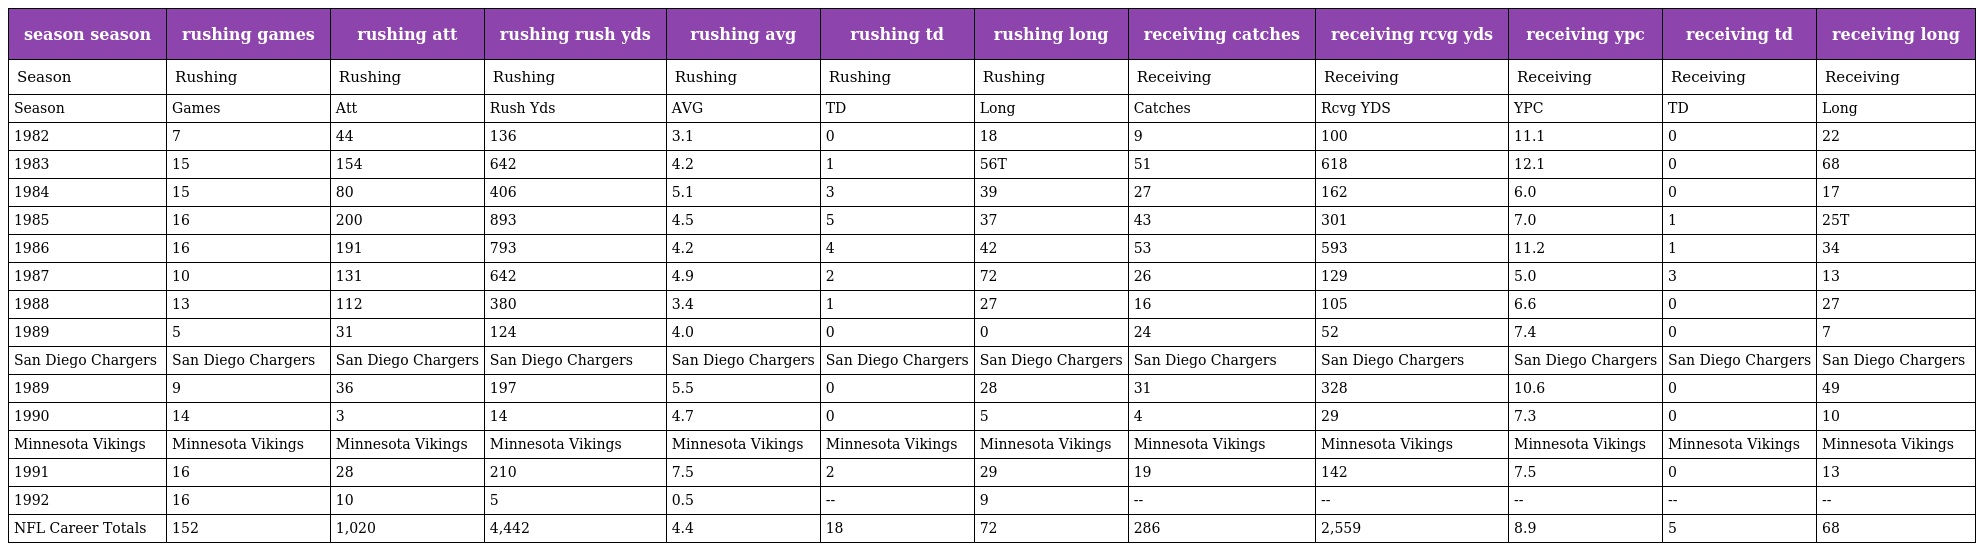
| season season | rushing games | rushing att | rushing rush yds | rushing avg | rushing td | rushing long | receiving catches | receiving rcvg yds | receiving ypc | receiving td | receiving long |
 | --- | --- | --- | --- | --- | --- | --- | --- | --- | --- | --- | --- |
 | Season | Rushing | Rushing | Rushing | Rushing | Rushing | Rushing | Receiving | Receiving | Receiving | Receiving | Receiving |
 | Season | Games | Att | Rush Yds | AVG | TD | Long | Catches | Rcvg YDS | YPC | TD | Long |
 | 1982 | 7 | 44 | 136 | 3.1 | 0 | 18 | 9 | 100 | 11.1 | 0 | 22 |
 | 1983 | 15 | 154 | 642 | 4.2 | 1 | 56T | 51 | 618 | 12.1 | 0 | 68 |
 | 1984 | 15 | 80 | 406 | 5.1 | 3 | 39 | 27 | 162 | 6.0 | 0 | 17 |
 | 1985 | 16 | 200 | 893 | 4.5 | 5 | 37 | 43 | 301 | 7.0 | 1 | 25T |
 | 1986 | 16 | 191 | 793 | 4.2 | 4 | 42 | 53 | 593 | 11.2 | 1 | 34 |
 | 1987 | 10 | 131 | 642 | 4.9 | 2 | 72 | 26 | 129 | 5.0 | 3 | 13 |
 | 1988 | 13 | 112 | 380 | 3.4 | 1 | 27 | 16 | 105 | 6.6 | 0 | 27 |
 | 1989 | 5 | 31 | 124 | 4.0 | 0 | 0 | 24 | 52 | 7.4 | 0 | 7 |
 | San Diego Chargers | San Diego Chargers | San Diego Chargers | San Diego Chargers | San Diego Chargers | San Diego Chargers | San Diego Chargers | San Diego Chargers | San Diego Chargers | San Diego Chargers | San Diego Chargers | San Diego Chargers |
 | 1989 | 9 | 36 | 197 | 5.5 | 0 | 28 | 31 | 328 | 10.6 | 0 | 49 |
 | 1990 | 14 | 3 | 14 | 4.7 | 0 | 5 | 4 | 29 | 7.3 | 0 | 10 |
 | Minnesota Vikings | Minnesota Vikings | Minnesota Vikings | Minnesota Vikings | Minnesota Vikings | Minnesota Vikings | Minnesota Vikings | Minnesota Vikings | Minnesota Vikings | Minnesota Vikings | Minnesota Vikings | Minnesota Vikings |
 | 1991 | 16 | 28 | 210 | 7.5 | 2 | 29 | 19 | 142 | 7.5 | 0 | 13 |
 | 1992 | 16 | 10 | 5 | 0.5 | -- | 9 | -- | -- | -- | -- | -- |
 | NFL Career Totals | 152 | 1,020 | 4,442 | 4.4 | 18 | 72 | 286 | 2,559 | 8.9 | 5 | 68 |